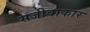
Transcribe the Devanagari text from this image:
सजीवाकार